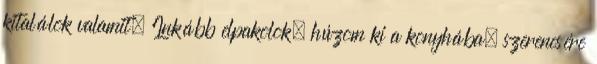
kitalálok valamit. Inkább elpakolok, húzom ki a konyhába, szerencsére